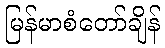
မြန်မာစံတော်ချိန်